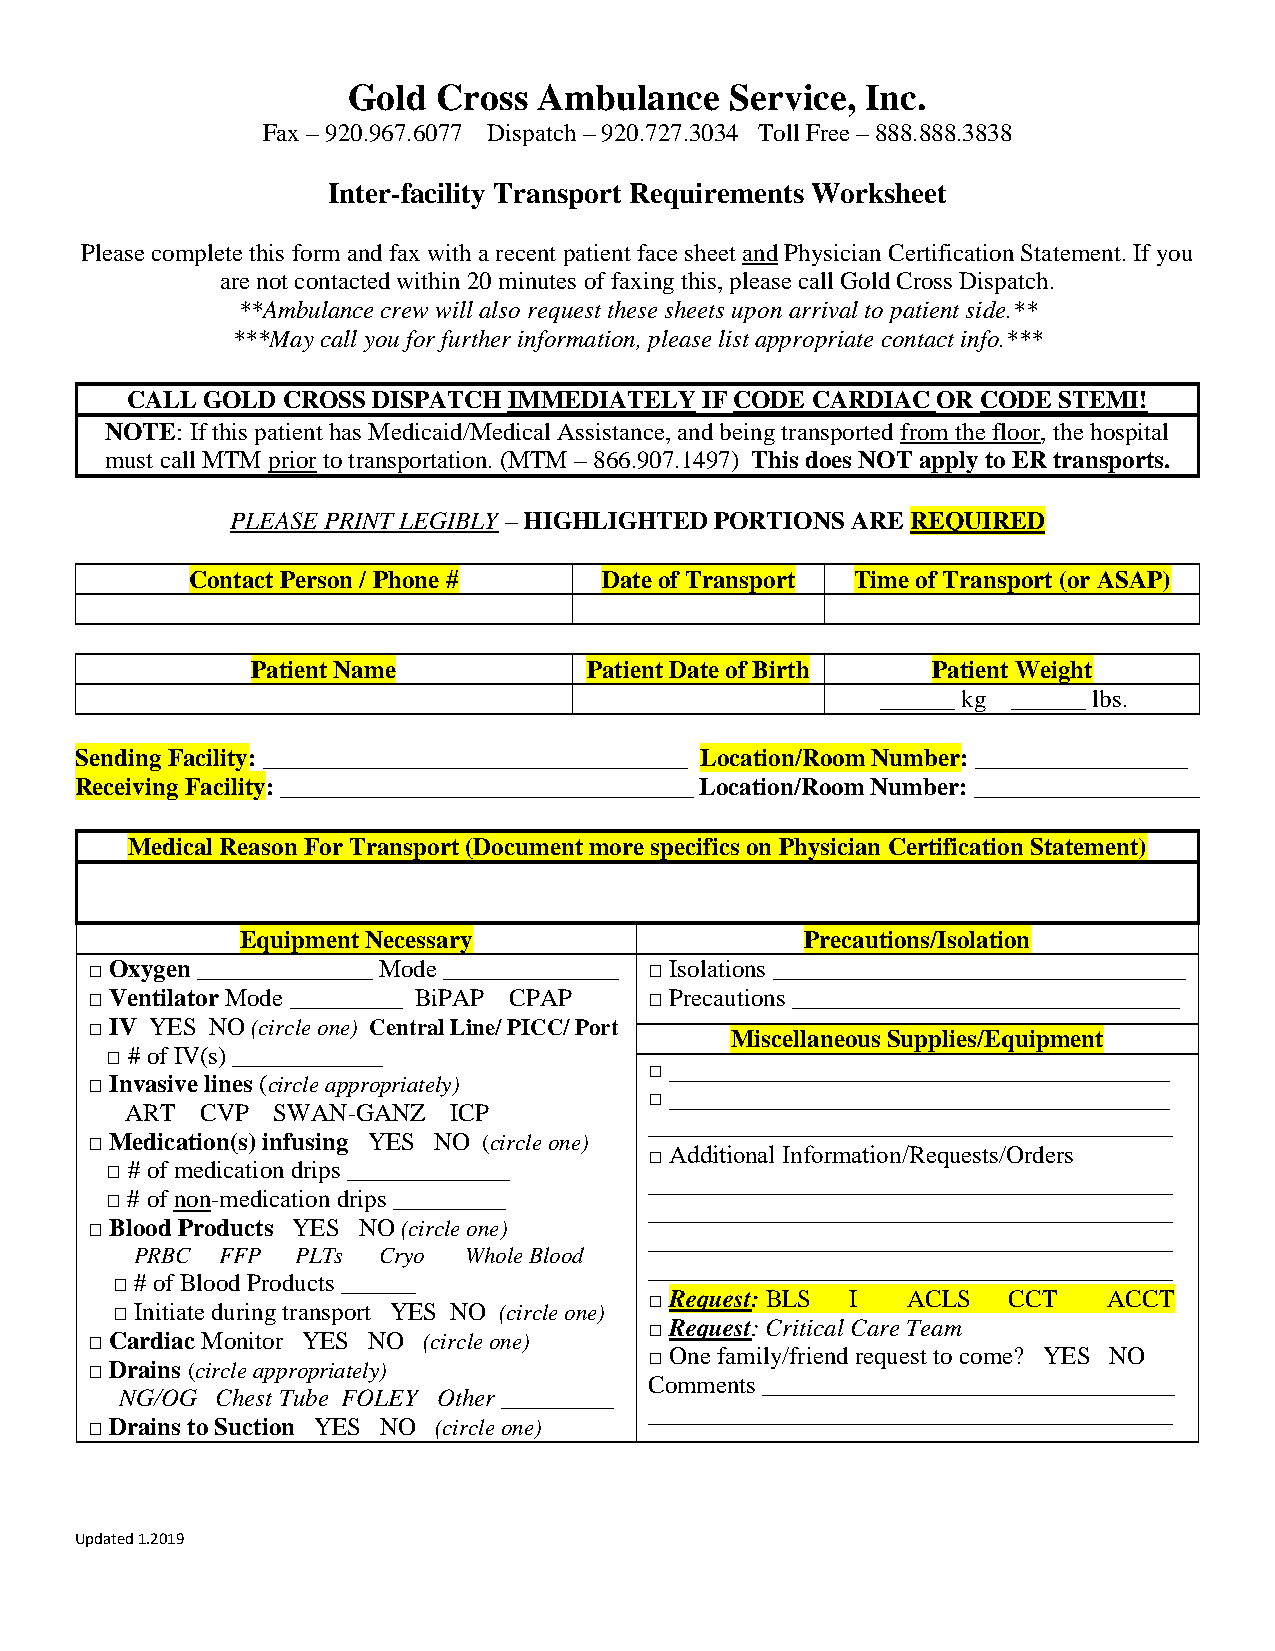
Gold  Cross  Ambulance   Service, Inc.
 Fax – 920.967.6077 Dispatch – 920.727.3034 Toll Free – 888.888.3838
 Inter-facility Transport Requirements Worksheet
 Please complete this form and fax with a recent patient face sheet and Physician Certification Statement. If you
 are not contacted within 20 minutes of faxing this, please call Gold Cross Dispatch.
 **Ambulance crew will also request these sheets upon arrival to patient side.**
 ***May call you for further information, please list appropriate contact info.***
 CALL GOLD  CROSS DISPATCH IMMEDIATELY IF CODE CARDIAC OR CODE STEMI!
 NOTE: If this patient has Medicaid/Medical Assistance, and being transported from the floor, the hospital
 must call MTM prior to transportation. (MTM – 866.907.1497) This does NOT apply to ER transports.
 PLEASE PRINT LEGIBLY – HIGHLIGHTED PORTIONS ARE REQUIRED
 Contact Person / Phone #    Date of Transport Time of Transport (or ASAP)
 Patient Name          Patient Date of Birth  Patient Weight
 ______ kg ______ lbs.
 Sending Facility: __________________________________ Location/Room Number: _________________
 Receiving Facility: _________________________________ Location/Room Number: __________________
 Medical Reason For Transport (Document more specifics on Physician Certification Statement)
 Equipment Necessary                  Precautions/Isolation
 □ Oxygen ______________ Mode ______________ □ Isolations _________________________________
 □ Ventilator Mode _________ BiPAP CPAP □ Precautions _______________________________
 □ IV YES NO (circle one) Central Line/ PICC/ Port
 Miscellaneous Supplies/Equipment
 □ # of IV(s) ____________
 □ ________________________________________
 □ Invasive lines (circle appropriately)
 □ ________________________________________
 ART  CVP  SWAN-GANZ   ICP
 __________________________________________
 □ Medication(s) infusing YES NO (circle one)
 □ Additional Information/Requests/Orders
 □ # of medication drips _____________
 __________________________________________
 □ # of non-medication drips _________
 __________________________________________
 □ Blood Products YES NO (circle one)
 __________________________________________
 PRBC  FFP  PLTs Cryo  Whole Blood
 __________________________________________
 □ # of Blood Products ______
 □ Request: BLS I ACLS   CCT   ACCT
 □ Initiate during transport YES NO (circle one)
 □ Request: Critical Care Team
 □ Cardiac Monitor YES NO (circle one)
 □ One family/friend request to come? YES NO
 □ Drains (circle appropriately)
 Comments _________________________________
 NG/OG Chest Tube FOLEY Other _________
 __________________________________________
 □ Drains to Suction YES NO (circle one)
 Updated 1.2019